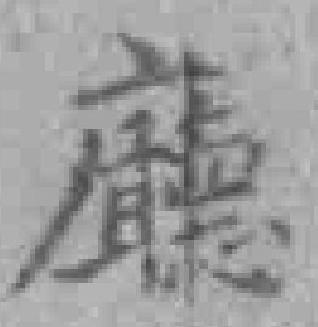
廳